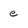
Character: e